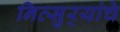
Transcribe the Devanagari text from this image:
नित्सुर्‍यांचे